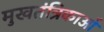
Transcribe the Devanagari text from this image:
मुखतंत्रिकाओं